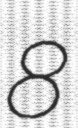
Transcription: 8